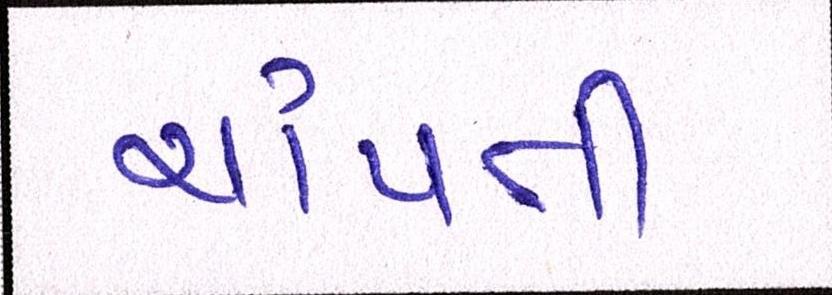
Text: ચાંપતી